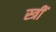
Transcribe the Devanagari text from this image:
स्त्रीं